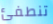
تنطفئ